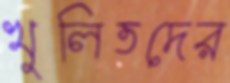
খুলিতদের